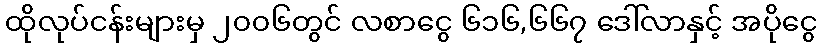
ထိုလုပ်ငန်းများမှ ၂၀၀၆တွင် လစာငွေ ၆၁၆,၆၆၇ ဒေါ်လာနှင့် အပိုငွေ